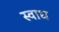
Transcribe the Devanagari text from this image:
स्वाध